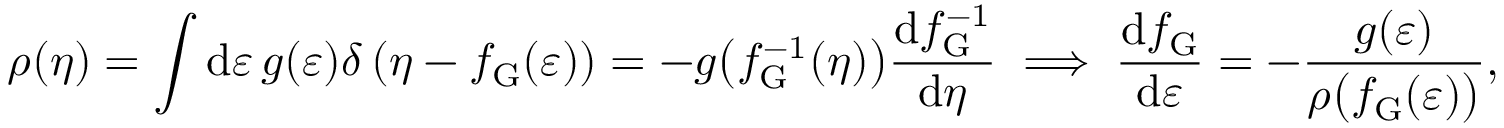
\rho ( \eta ) = \int \mathrm { d } \varepsilon \, g ( \varepsilon ) \delta \left( \eta - f _ { \mathrm { G } } ( \varepsilon ) \right) = - g \big ( f _ { \mathrm { G } } ^ { - 1 } ( \eta ) \big ) \frac { \mathrm { d } f _ { \mathrm { G } } ^ { - 1 } } { \mathrm { d } \eta } \implies \frac { \mathrm { d } f _ { \mathrm { G } } } { \mathrm { d } \varepsilon } = - \frac { g ( \varepsilon ) } { \rho \big ( f _ { \mathrm { G } } ( \varepsilon ) \big ) } ,